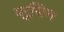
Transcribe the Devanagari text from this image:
प्रूफिंग